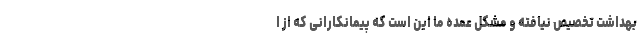
بهداشت تخصیص نیافته و مشکل عمده ما این است که پیمانکارانی که از ا